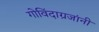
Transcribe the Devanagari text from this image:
गोविंदाग्रजांनी